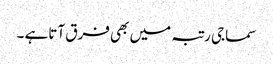
سماجی رتبہ میں بھی فرق آتاہے ۔